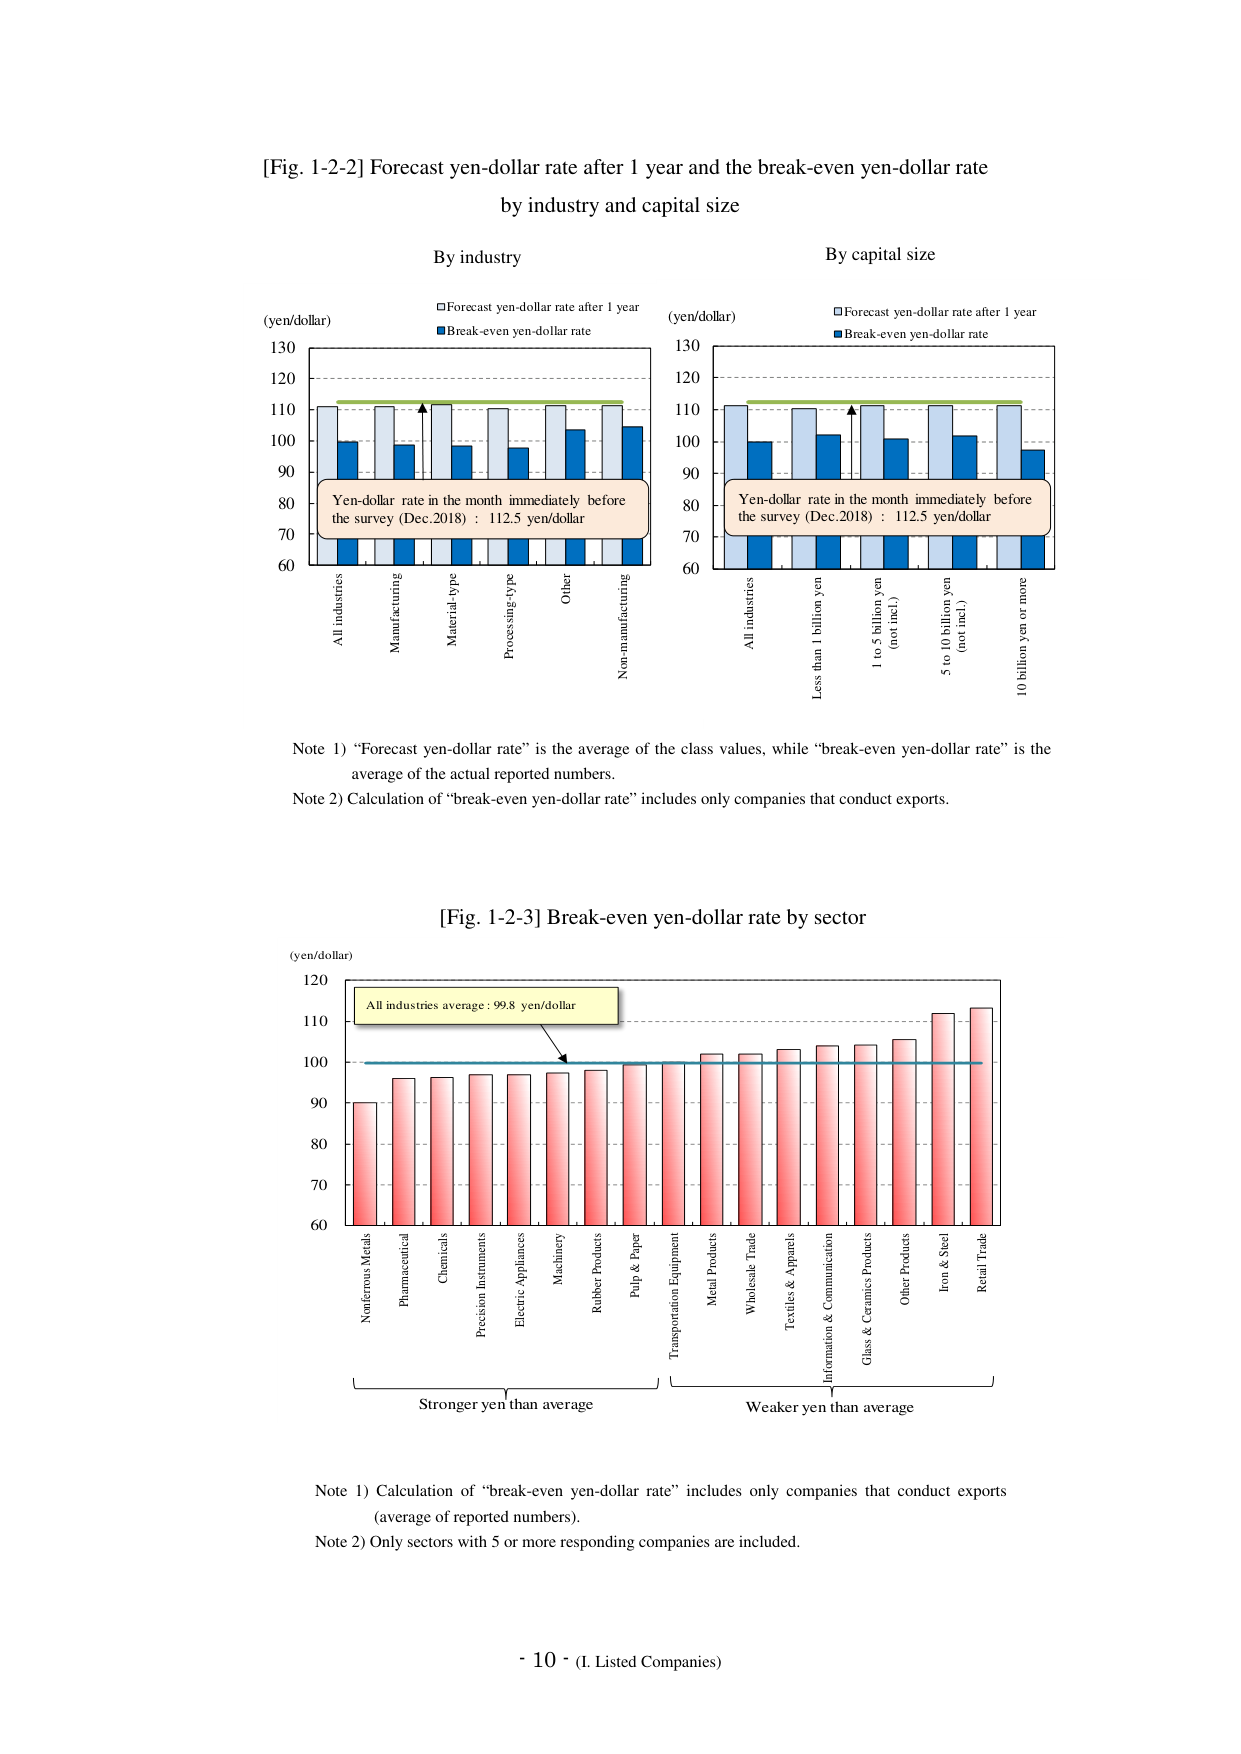
[Fig. 1-2-2] Forecast yen-dollar rate after 1 year and the break-even yen-dollar rate by industry and capital size

By industry
(yen/dollar)
□ Forecast yen-dollar rate after 1 year
■ Break-even yen-dollar rate

130
120
110
100
90
80
70
60

All industries
Manufacturing
Material-type
Processing-type
Other
Non-manufacturing

Yen-dollar rate in the month immediately before the survey (Dec.2018) : 112.5 yen/dollar

By capital size
(yen/dollar)
□ Forecast yen-dollar rate after 1 year
■ Break-even yen-dollar rate

130
120
110
100
90
80
70
60

All industries
Less than 1 billion yen
1 to 5 billion yen (not incl.)
5 to 10 billion yen (not incl.)
10 billion yen or more

Yen-dollar rate in the month immediately before the survey (Dec.2018) : 112.5 yen/dollar

Note 1) “Forecast yen-dollar rate” is the average of the class values, while “break-even yen-dollar rate” is the average of the actual reported numbers.
Note 2) Calculation of “break-even yen-dollar rate” includes only companies that conduct exports.

[Fig. 1-2-3] Break-even yen-dollar rate by sector

(yen/dollar)
120
110
100
90
80
70
60

All industries average : 99.8 yen/dollar

Nonferrous Metals
Pharmaceutical
Chemicals
Precision Instruments
Electric Appliances
Machinery
Rubber Products
Pulp & Paper
Transportation Equipment
Metal Products
Wholesale Trade
Textiles & Apparels
Information & Communication
Glass & Ceramics Products
Other Products
Iron & Steel
Retail Trade

Stronger yen than average
Weaker yen than average

Note 1) Calculation of “break-even yen-dollar rate” includes only companies that conduct exports (average of reported numbers).
Note 2) Only sectors with 5 or more responding companies are included.

- 10 - (I. Listed Companies)